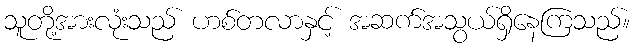
သူတို့အားလုံးသည် ဟစ်တလာနှင့် အဆက်အသွယ်ရှိနေကြသည်။